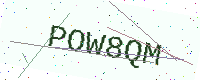
Text: POW8QM